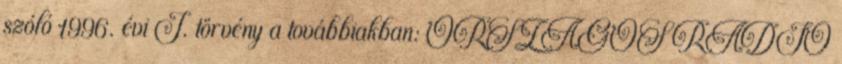
szóló 1996. évi I. törvény a továbbiakban: ORSZÁGOS RÁDIÓ